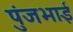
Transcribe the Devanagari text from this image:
पुंजभाई